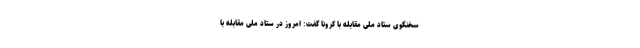
سخنگوی ستاد ملی مقابله با کرونا گفت: امروز در ستاد ملی مقابله با